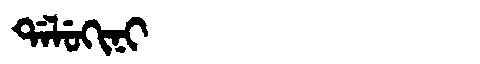
Manchu: ᡩᠠᠯᡠᡴᡳᠨᡳ
Romanization: DALUKINI